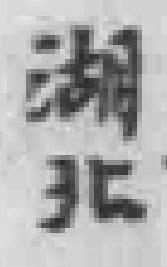
湖北